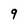
Character: 9